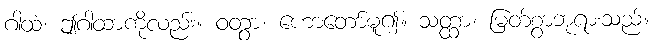
ဂါထံ၊ ဤဂါထာကိုလည်း။ ဝတွာ၊ ဟောတော်မူ၍။ သတ္ထာ၊ မြတ်စွာဘုရားသည်။